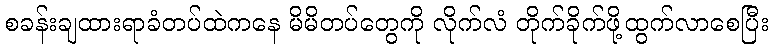
စခန်းချထားရာခံတပ်ထဲကနေ မိမိတပ်တွေကို လိုက်လံ တိုက်ခိုက်ဖို့ထွက်လာစေပြီး